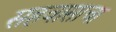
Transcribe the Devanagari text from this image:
सहवासाचा